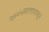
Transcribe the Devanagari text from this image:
२००५सालापासून